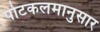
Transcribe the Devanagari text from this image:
पोटकलमानुसार